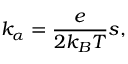
k _ { \alpha } = \frac { e } { 2 k _ { B } T } s ,